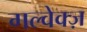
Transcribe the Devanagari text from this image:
गल्वेक्ज़